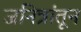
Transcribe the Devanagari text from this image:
जनित्रांतून